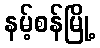
နမ့်စန်မြို့